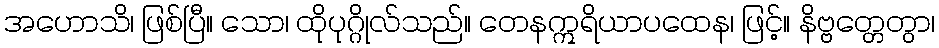
အဟောသိ၊ ဖြစ်ပြီ။ သော၊ ထိုပုဂ္ဂိုလ်သည်။ တေနဣရိယာပထေန၊ ဖြင့်။ နိဗ္ဗတ္တေတွာ၊